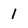
Character: 1